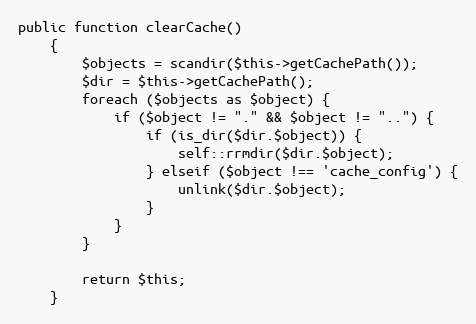
Language: PHP
public function clearCache()
    {
        $objects = scandir($this->getCachePath());
        $dir = $this->getCachePath();
        foreach ($objects as $object) {
            if ($object != "." && $object != "..") {
                if (is_dir($dir.$object)) {
                    self::rrmdir($dir.$object);
                } elseif ($object !== 'cache_config') {
                    unlink($dir.$object);
                }
            }
        }

        return $this;
    }